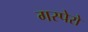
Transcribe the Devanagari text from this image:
गस्पेरो